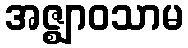
အဇ္ဈာဝသာမ